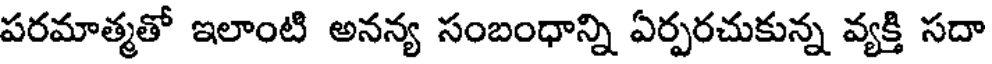
పరమాత్మతో ఇలాంటి అనన్య సంబంధాన్ని ఏర్పరచుకున్న వ్యక్తి సదా